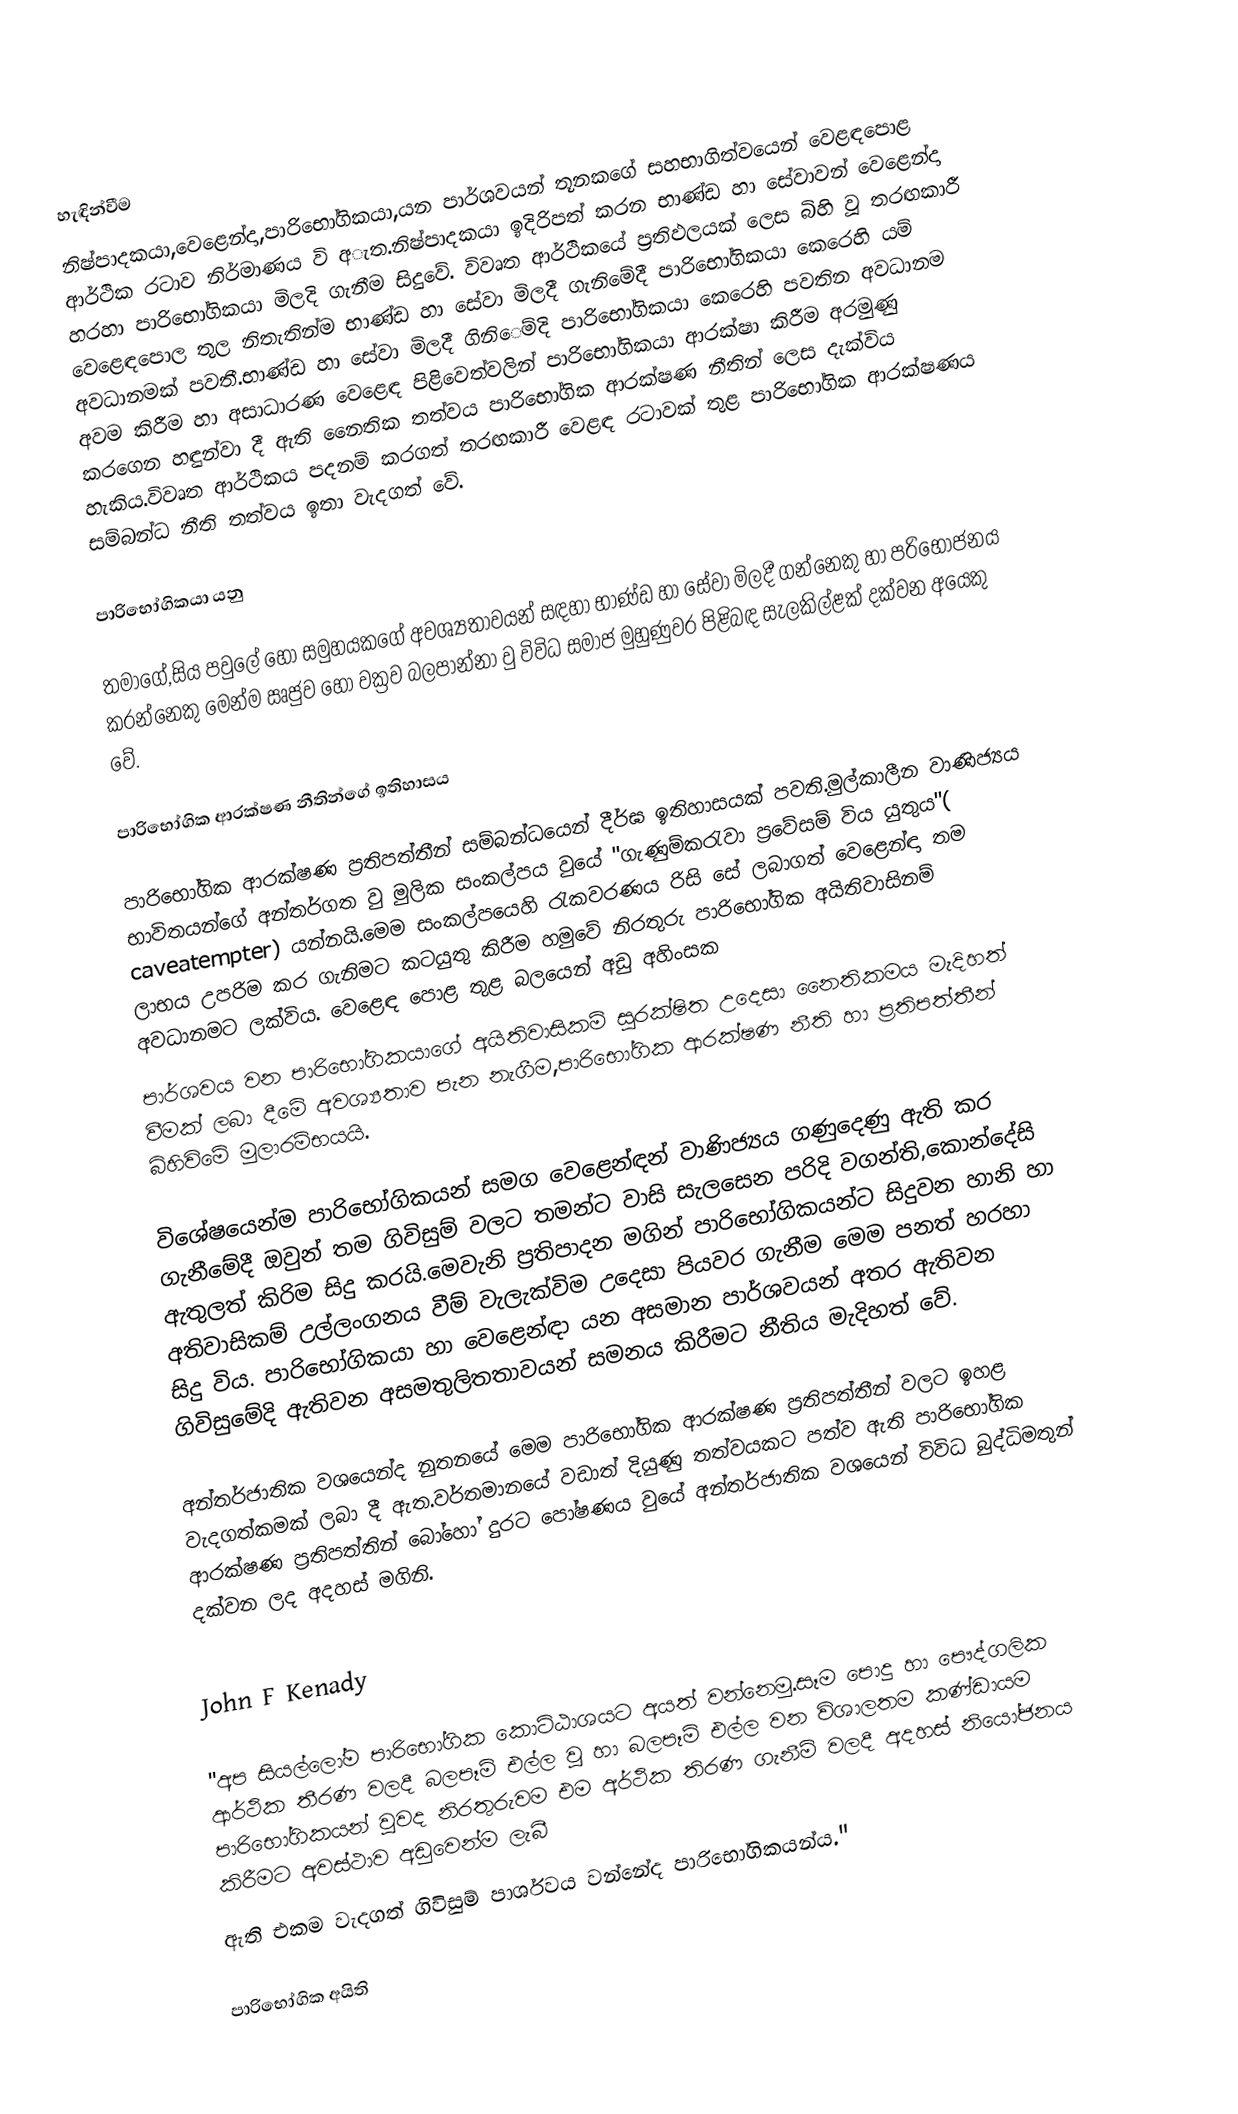

හැඳින්වීම
නිෂ්පාදකයා,වෙළෙන්දා,පාරිභෝගිකයා,යන පාර්ශවයන් තූනකගේ සහභාගිත්වයෙන් වෙළඳපොළ ආර්ථික රටාව නිර්මාණය වි අැත.නිෂ්පාදකයා ඉදිරිපත් කරන භාණ්ඩ හා සේවාවන්  වෙළෙන්දා හරහා පාරි‍භෝගිකයා මිලදි ගැනීම සිදුවේ. විවෘත ආර්ථිකයේ ප්‍රතිඵලයක් ලෙස බිහි වූ තරඟකාරී වෙළෙඳපොල තුල නිතැතින්ම භාණ්ඩ හා සේවා මිලදී ගැනිමේදී පාරිභෝගිකයා කෙරෙහි යම් අවධානමක් පවතී.භාණ්ඩ හා සේවා මිලදී ගිනිෙම්දි පාරිභෝගිකයා කෙරෙහි පවතින අවධානම අවම කිරීම හා අසාධාරණ වෙළෙඳ පිළිවෙත්වලින් පාරිභෝගිකයා ආරක්ෂා කිරීම අරමුණු කරගෙන හඳුන්වා දී ඇති ‍‍නෛතික තත්වය පාරිභෝගික ආරක්ෂණ නීතින් ලෙස දැක්විය හැකිය.විවෘත ආර්ථිකය පදනම් කරගත් තරඟකාරී වෙළඳ රටාවක් තුළ පාරිභෝගික ආරක්ෂණය සම්බන්ධ නීති තත්වය ඉතා වැදගත් වේ.

පාරිභෝගිකයා යනු

තමා‍ගේ,සිය පවුලේ හෝ සමුහයකගේ අවශ්‍යතාවයන් සඳහා භාණ්ඩ හා සේවා මිලදී ගන්නෙකු හා පරිභෝජනය කරන්නෙකු මෙන්ම ඍජුව  හෝ           වක්‍රව  බලපාන්නා වු විවිධ සමාජ මුහුණුවර පිළිබඳ සැලකිල්ළක් දක්වන අයෙකු වේ.

පාරිභෝගික ආරක්ෂණ නීතින්ගේ ඉතිහාසය

පාරිභෝගික ආරක්ෂණ ප්‍රතිපත්තීන් සම්බන්ධයෙන් දීර්ඝ ඉතිහාසයක් පවති.මුල්කාලීන	වාණිජ්‍යය භාවිතයන්ගේ අන්තර්ගත වු මුලික සංකල්පය වුයේ "ගැණුම්කරැවා ප්‍රවේසම් විය යුතුය"( caveatempter) යන්නයි.මෙම සංකල්පයෙහි රැකවරණය රිසි සේ ලබාගත් වෙළෙන්ඳා තම ලාභය උපරිම කර ගැනිමට කටයුතු කිරීම හමු‍වේ නිරතුරු පාරිභෝගික අ‍යිතිවාසිනම් අවධානමට ලක්විය. වෙළෙඳ පොළ තුළ බලයෙන් අඩු අහිංසක
පාර්ශවය වන පාරිභෝගිකයාගේ අයිතිවාසිකම් සුරක්ෂිත උදෙසා නෛතිකමය මැදිහත් වීමක් ලබා දීමේ  අවශ‍්‍යතාව පැන නැගීම,පාරිභෝගික ආරක්ෂණ නීති හා ප්‍රතිපත්තීන් බිහිවිමේ මුලාරම්භයයි.

			විශේෂයෙන්ම පාරිභෝගිකයන් සමග වෙළෙන්ඳන් වාණිජ්‍යය ගණුදෙණු ඇති කර ගැනීමේදී ඔවුන් තම ගිවිසුම් වලට තමන්ට වාසි සැලසෙන පරිදි වගන්ති,කොන්දේසි ඇතුලත් කිරිම සිදු කරයි.‍මෙවැනි ප්‍රතිපාදන මගින් පාරි‍භෝගිකයන්ට සිදුවන හානි හා අතිවාසිකම් උල්ලංගනය වීම් වැලැක්විම උදෙසා පියවර ගැනීම මෙම පනත් හරහා සිදු විය. පාරිභෝගිකයා හා වෙළෙන්ඳා යන අසමාන පාර්ශවයන් අතර ඇතිවන ගිවිසුමේදි ඇතිවන අසමතුලිතතාවයන් සමනය කිරීමට නීතිය මැදිහත් වේ.

			අන්තර්ජාතික වශයෙන්ද නුතනයේ මෙම පාරිභෝගික ආරක්ෂණ ප්‍රතිපත්තීන් වලට ඉහළ වැදගත්කමක් ලබා දී ඇත.වර්තමානයේ වඩාත් දියුණු තත්වයකට පත්ව ඇති පාරිභෝගික ආරක්ෂණ ප්‍රතිපත්තින් බෝහෝ දුරට පෝෂණය වුයේ අන්තර්ජාතික වශයෙන් විවිධ බුද්ධිමතුන් දක්වන ලද අදහස් මගිනි.

John F Kenady

"අප සියල්ලෝම පාරිභෝගික කොට්ඨාශ‍යට අයත් වන්නෙමු.සෑම පොදු හා පෞද්ගලික ආර්ථික  තීරණ වලදී බලපෑම් එල්ල වු හා බලපෑම් එල්ල වන විශාලතම කණ්ඩායම පාරිභෝගිකයන් වුවද  නිරතුරුවම එම අර්ථික තිරණ ගැනීම් වලදී අදහස් නියෝජනය කිරීමට අවස්ථාව අඩුවෙන්ම ලැබී
ඇති එකම වැදගත් ගිවිසුම් පාර්ශවය වන්නේද පාරිභෝගිකයන්ය."

පාරිභෝගික අයිති